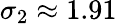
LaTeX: \sigma_{2}\approx 1.91